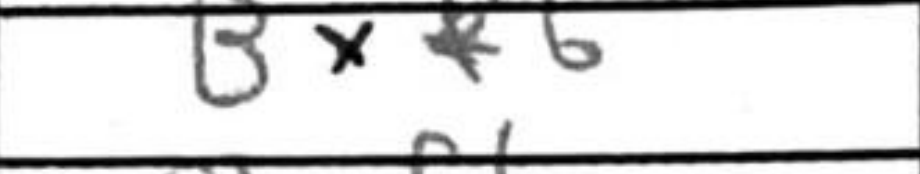
Transcription: Bxf6